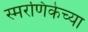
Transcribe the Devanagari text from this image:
स्मरणिकेच्या